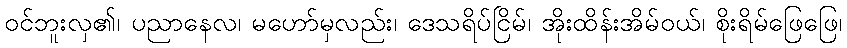
ဝင်ဘူးလှ၏၊ ပညာနေလ၊ မဟော်မှလည်း၊ ဒေသရိပ်ငြိမ်၊ အိုးထိန်းအိမ်ဝယ်၊ စိုးရိမ်ဖြေဖြေ၊